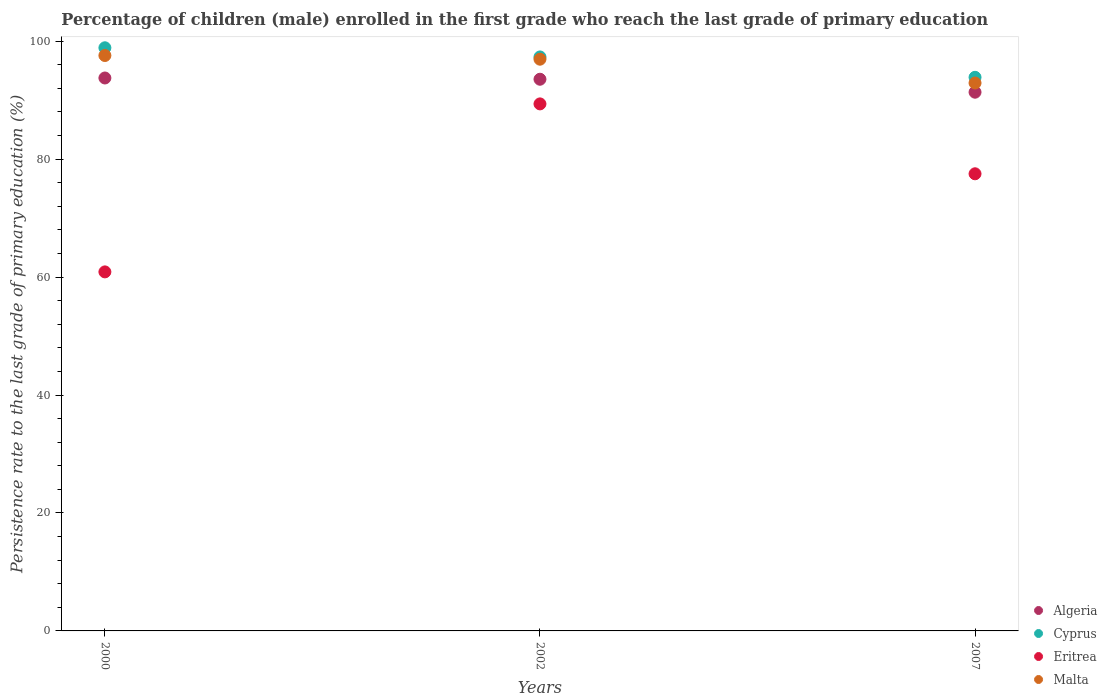
| Years | Algeria | Cyprus | Eritrea | Malta |
 | --- | --- | --- | --- | --- |
 | 2000 | 93.8 | 98.9 | 60.9 | 97.6 |
 | 2002 | 93.5 | 97.3 | 89.4 | 96.9 |
 | 2007 | 91.3 | 93.9 | 77.5 | 92.9 |